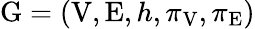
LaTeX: \mathrm{G}=\left(\mathrm{V},\mathrm{E},h,\pi_{\mathrm{V}},\pi_{\mathrm{E}}\right)